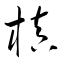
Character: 槙